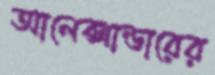
আলেক্সান্ডারের